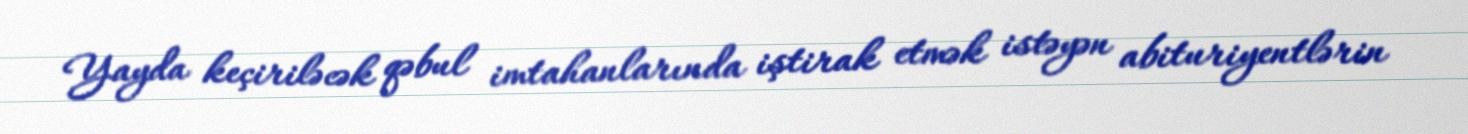
Yayda keçiriləcək qəbul imtahanlarında iştirak etmək istəyən abituriyentlərin